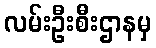
လမ်းဦးစီးဌာနမှ